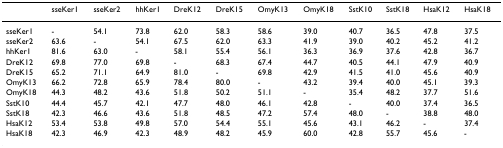
|  | sseKer1 | sseKer2 | hhKer1 | DreK12 | DreK15 | OmyK13 | OmyK18 | SstK10 | SstK18 | HsaK12 | HsaK18 |
 | --- | --- | --- | --- | --- | --- | --- | --- | --- | --- | --- | --- |
 | sseKer1 | - | 54.1 | 73.8 | 62.0 | 58.3 | 58.6 | 39.0 | 40.7 | 36.5 | 47.8 | 37.5 |
 | sseKer2 | 63.6 | - | 54.1 | 67.5 | 62.0 | 63.3 | 41.9 | 39.0 | 40.2 | 45.2 | 41.2 |
 | hhKer1 | 81.6 | 63.0 | - | 58.1 | 55.4 | 56.1 | 36.3 | 36.9 | 37.6 | 42.8 | 36.7 |
 | DreK12 | 69.8 | 77.0 | 69.8 | - | 68.3 | 67.4 | 44.7 | 40.5 | 44.1 | 47.9 | 40.9 |
 | DreK15 | 65.2 | 71.1 | 64.9 | 81.0 | - | 69.8 | 42.9 | 41.5 | 41.0 | 45.6 | 40.9 |
 | OmyK13 | 66.2 | 72.8 | 65.9 | 78.4 | 80.0 | - | 43.2 | 39.4 | 40.0 | 45.1 | 39.3 |
 | OmyK18 | 44.3 | 48.2 | 43.6 | 51.8 | 50.2 | 51.1 | - | 35.4 | 48.2 | 37.7 | 51.6 |
 | SstK10 | 44.4 | 45.7 | 42.1 | 47.7 | 48.0 | 46.1 | 42.8 | - | 40.0 | 37.4 | 36.5 |
 | SstK18 | 42.3 | 46.6 | 43.6 | 51.8 | 48.5 | 47.2 | 57.4 | 48.0 | - | 38.8 | 48.0 |
 | HsaK12 | 53.4 | 53.8 | 49.8 | 57.0 | 54.4 | 55.1 | 45.6 | 43.1 | 46.2 | - | 37.4 |
 | HsaK18 | 42.3 | 46.9 | 42.3 | 48.9 | 48.2 | 45.9 | 60.0 | 42.8 | 55.7 | 45.6 | - |